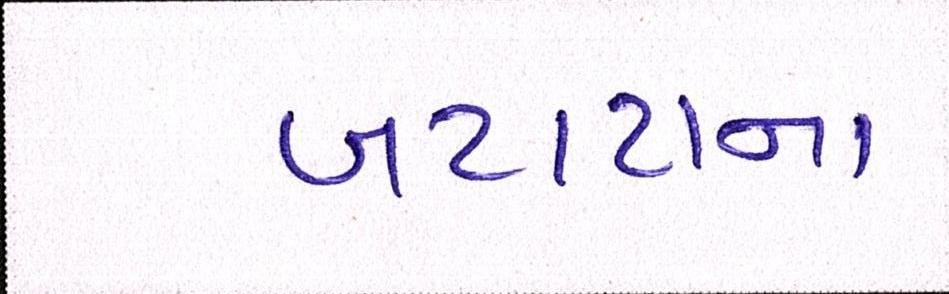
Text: બટાટાના